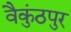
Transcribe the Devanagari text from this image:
वैकुंठपुर